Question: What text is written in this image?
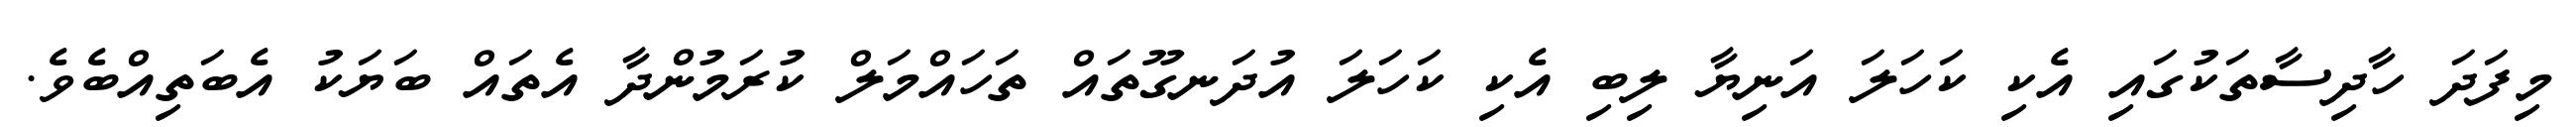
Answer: މިފަދަ ހާދިސާތަކުގައި އެކި ކަހަލަ އަނިޔާ ލިބި އެކި ކަހަލަ އުދަނގޫތައް ތަހައްމަލް ކުރަމުންދާ އެތައް ބަޔަކު އެބަތިއްބެވެ.